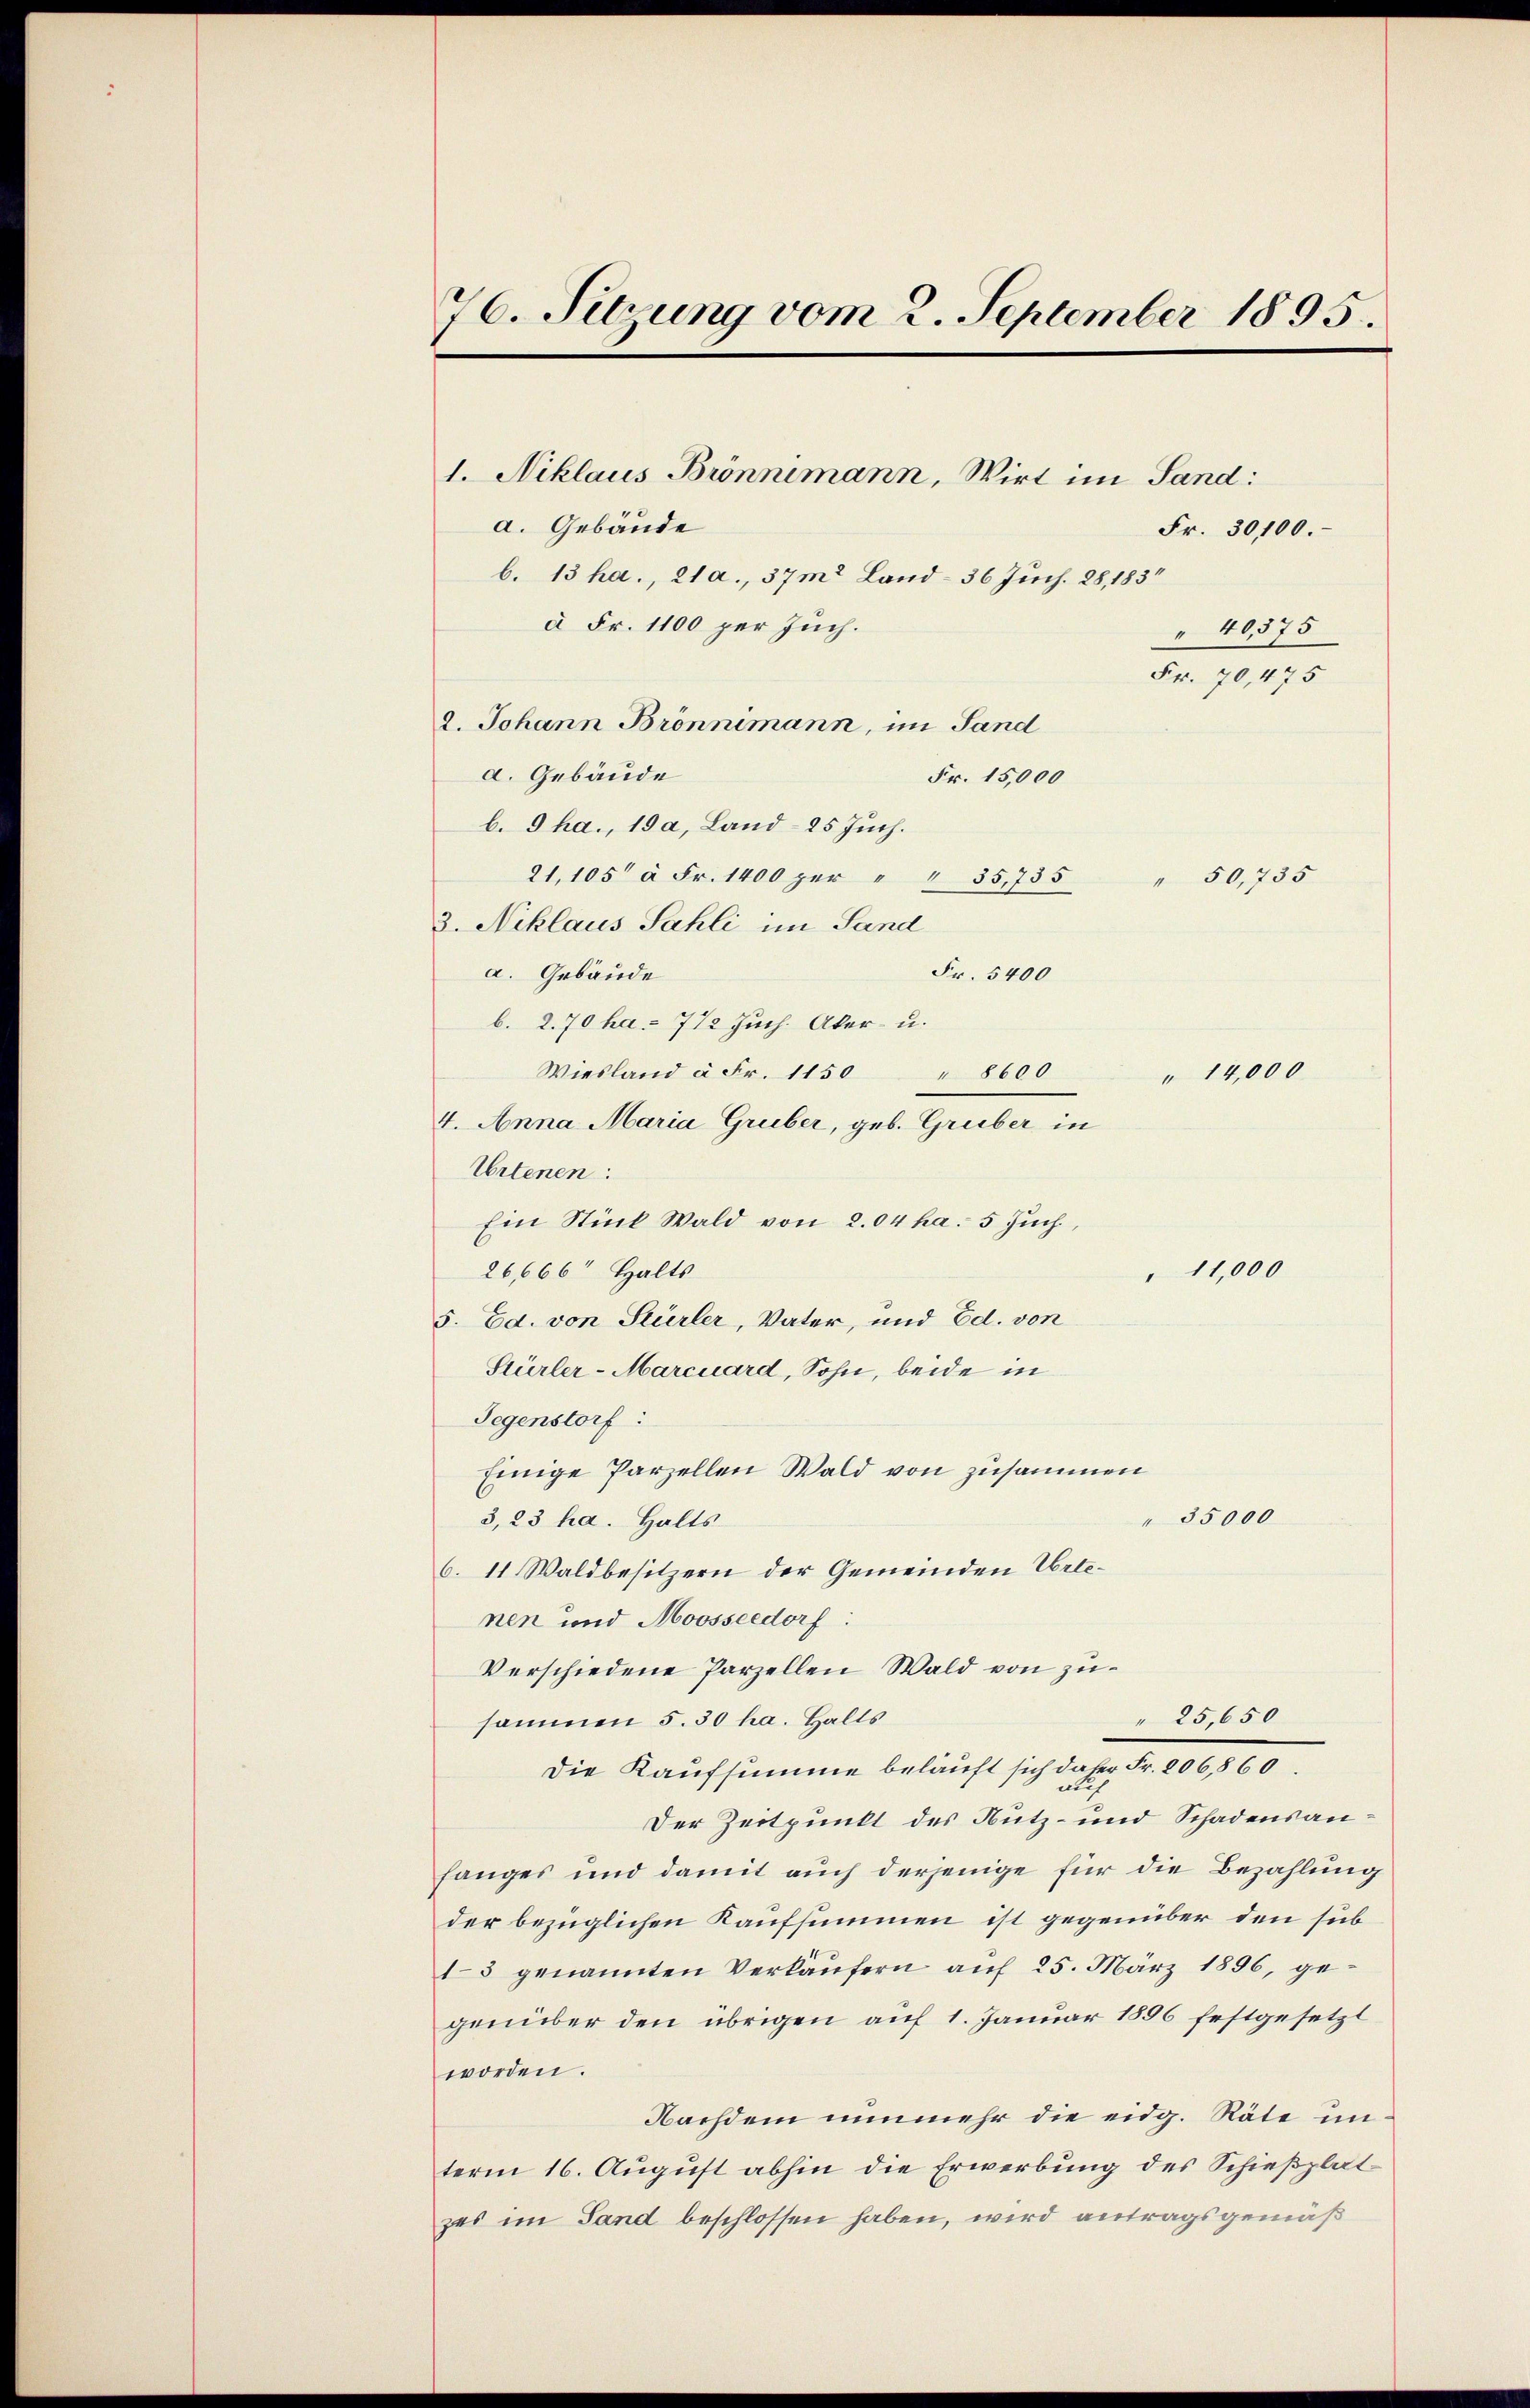
76. Sitzung vom 2. September 1895.

1. Niklaus Brönnemann, Wirt im Sand:
a. Gebäude
b. 13 ha., 21 a., 37m2 Land- 36 Juch. 28, 183
à Fr. 1100 per Juch.
2. Johann Brönnimann, im Sand
a. Gebäude
Fr. 15,000
b. Gha., 19 a, Land- 25 Juch.
21,105' à Fr. 1400 per " " 35,735
3. Niklaus Sahli im Sand
Fr. 5400
a. Gebäude
b. 2.70 ha. 712 Juch. Aker- u.
Wiesland à Fr. 1150 " 8600
4. Anna Maria Gruber, geb. Gruber in
Artenen:
Ein Stück Wald von 2.04 ha. 5 Juch
26,666 Halts
5. Ed. von Stürler, Vater, und Ed. von
Stürler-Marcuard, Sohn, beide in
Gegenstorf:
Einige Parzellen Wald von zusammen
35000
3,23 ha. Halts
6. 11. Waldbesitzern der Gemeinden Urtenen und Moosseedorf:
Verschiedene Parzellen Wald von zu¬
" 25,650
sammen 5. 30 ha. Halts
Die Kaufsumme beläuft sich daher Fr. 206,860.
Der Zeitpunkt des Nutz- und Schadensanfanges und damit auch derjenige für die Bezahlung
der bezüglichen Kaufsummen ist gegenüber den sub
13 genannten Verkäŭfern auf 25. März 1896, ge-
genüber den übrigen auf 1. Januar 1896 festgesetzt
worden.
Nachdem nunmehr die eidg. Räte unterm 16. August abhin die Erwerbung des Schießplat
zes im Sand beschlossen haben, wird antragsgemäß

Fr. 30100.
"40,375
Fr. 70,475

" 50,735

" 14,000

"11,000